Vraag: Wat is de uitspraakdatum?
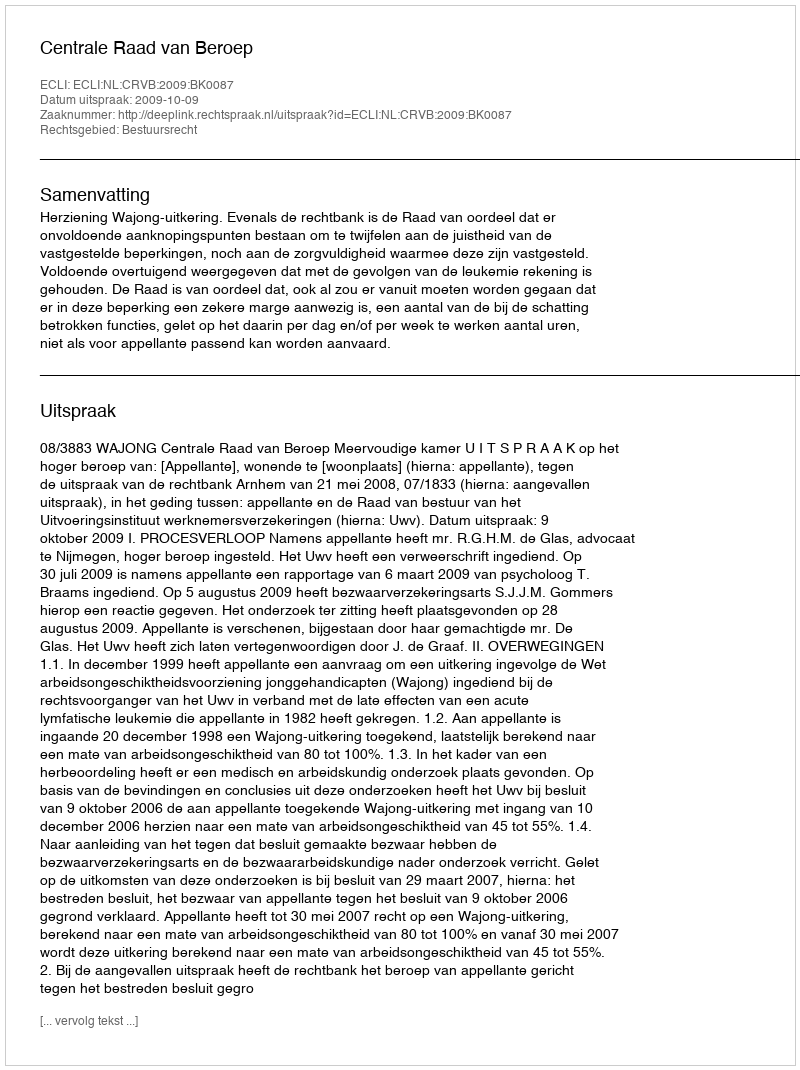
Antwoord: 2009-10-09